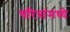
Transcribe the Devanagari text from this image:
चरित्रांमध्ये